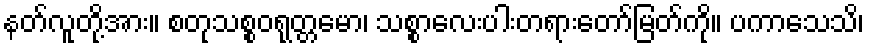
နတ်လူတို့အား။ စတုသစ္စဝရုတ္တမော၊ သစ္စာလေးပါးတရားတော်မြတ်ကို။ ပကာသေသိ၊